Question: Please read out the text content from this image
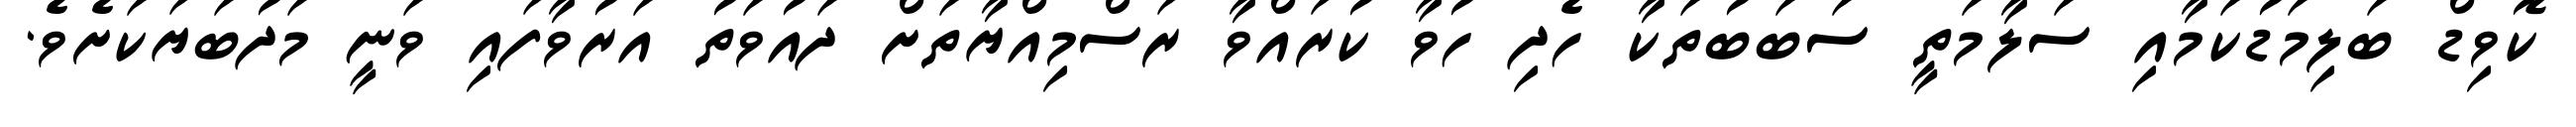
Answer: ކޮވިޑް ބަލިމަޑުކަމާއި ސަލާމަތީ ސަބަބުތަކާ ހެދި ހުވާ ކުރައްވާ ރަސްމިއްޔާތަށް ދައުވަތު އަރުވާފައި ވަނީ މަދުބަޔަކަށެވެ.